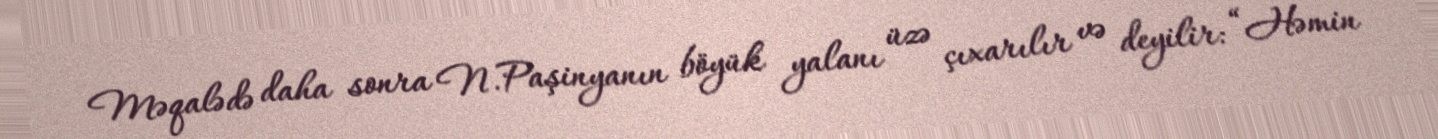
Məqalədə daha sonra N.Paşinyanın böyük yalanı üzə çıxarılır və deyilir: “Həmin